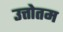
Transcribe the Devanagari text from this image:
उत्तोतम